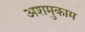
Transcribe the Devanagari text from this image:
अशमुकाम